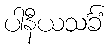
ပါနီယသင်္ခံ